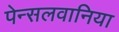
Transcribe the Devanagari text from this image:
पेन्सलवानिया